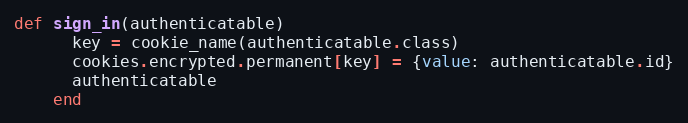
Language: Ruby
def sign_in(authenticatable)
      key = cookie_name(authenticatable.class)
      cookies.encrypted.permanent[key] = {value: authenticatable.id}
      authenticatable
    end